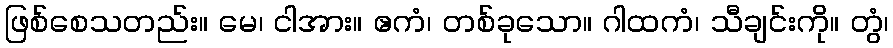
ဖြစ်စေသတည်း။ မေ၊ ငါအား။ ဧကံ၊ တစ်ခုသော။ ဂါထကံ၊ သီချင်းကို။ တွံ၊